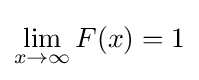
\lim _{x\to \infty }F(x)=1